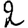
Digit: 2